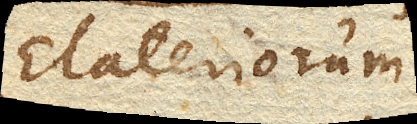
Elateriorum.